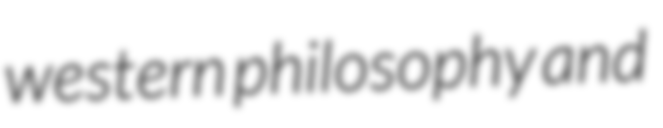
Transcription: western philosophy and